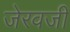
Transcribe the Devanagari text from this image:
जेरवजी